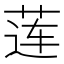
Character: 莲